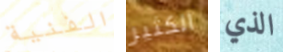
الفنية الكثير الذي